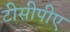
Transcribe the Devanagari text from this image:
टीसीपीए